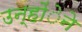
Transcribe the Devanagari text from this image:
उन्होंेने